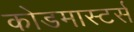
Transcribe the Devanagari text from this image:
कोडमास्टर्स